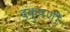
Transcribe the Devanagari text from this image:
दक्षणी